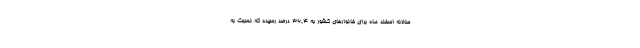
سالانه اسفند ماه برای خانوارهای کشور به ٣٦,٤ درصد رسیده که نسبت به